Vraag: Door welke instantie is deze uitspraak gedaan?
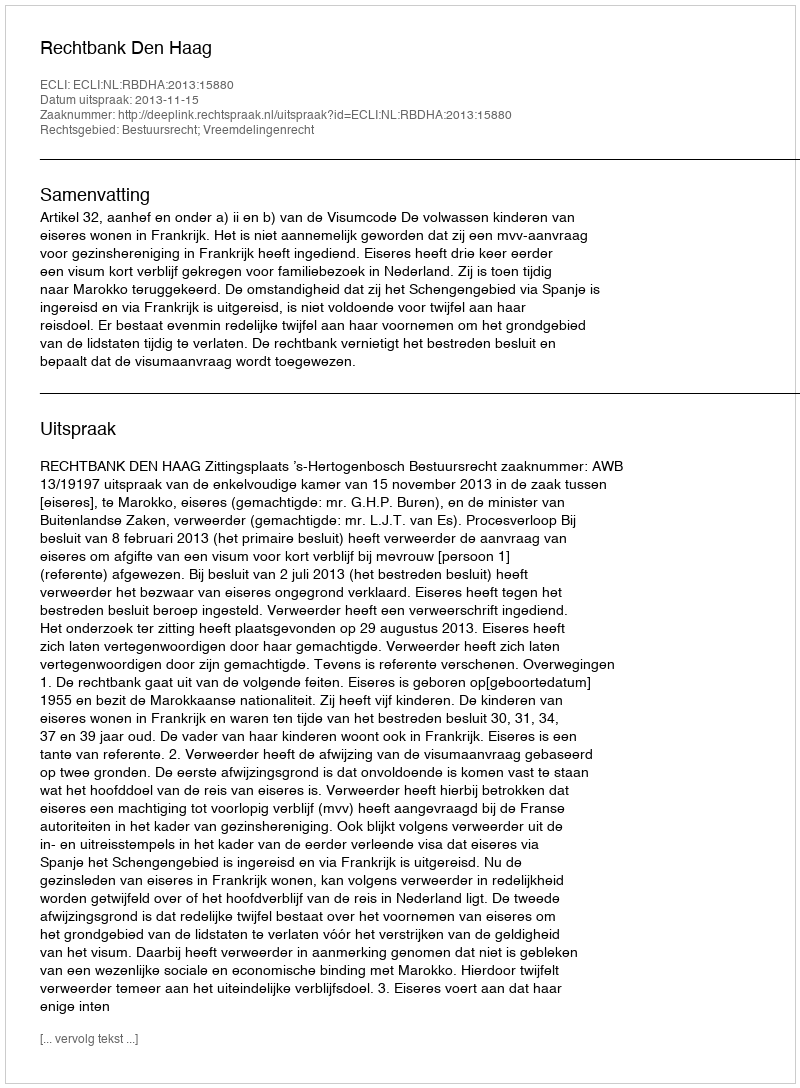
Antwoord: Rechtbank Den Haag